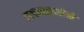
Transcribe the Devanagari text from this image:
वाचण्याजोगे